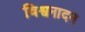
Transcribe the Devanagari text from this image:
विश्वनादन